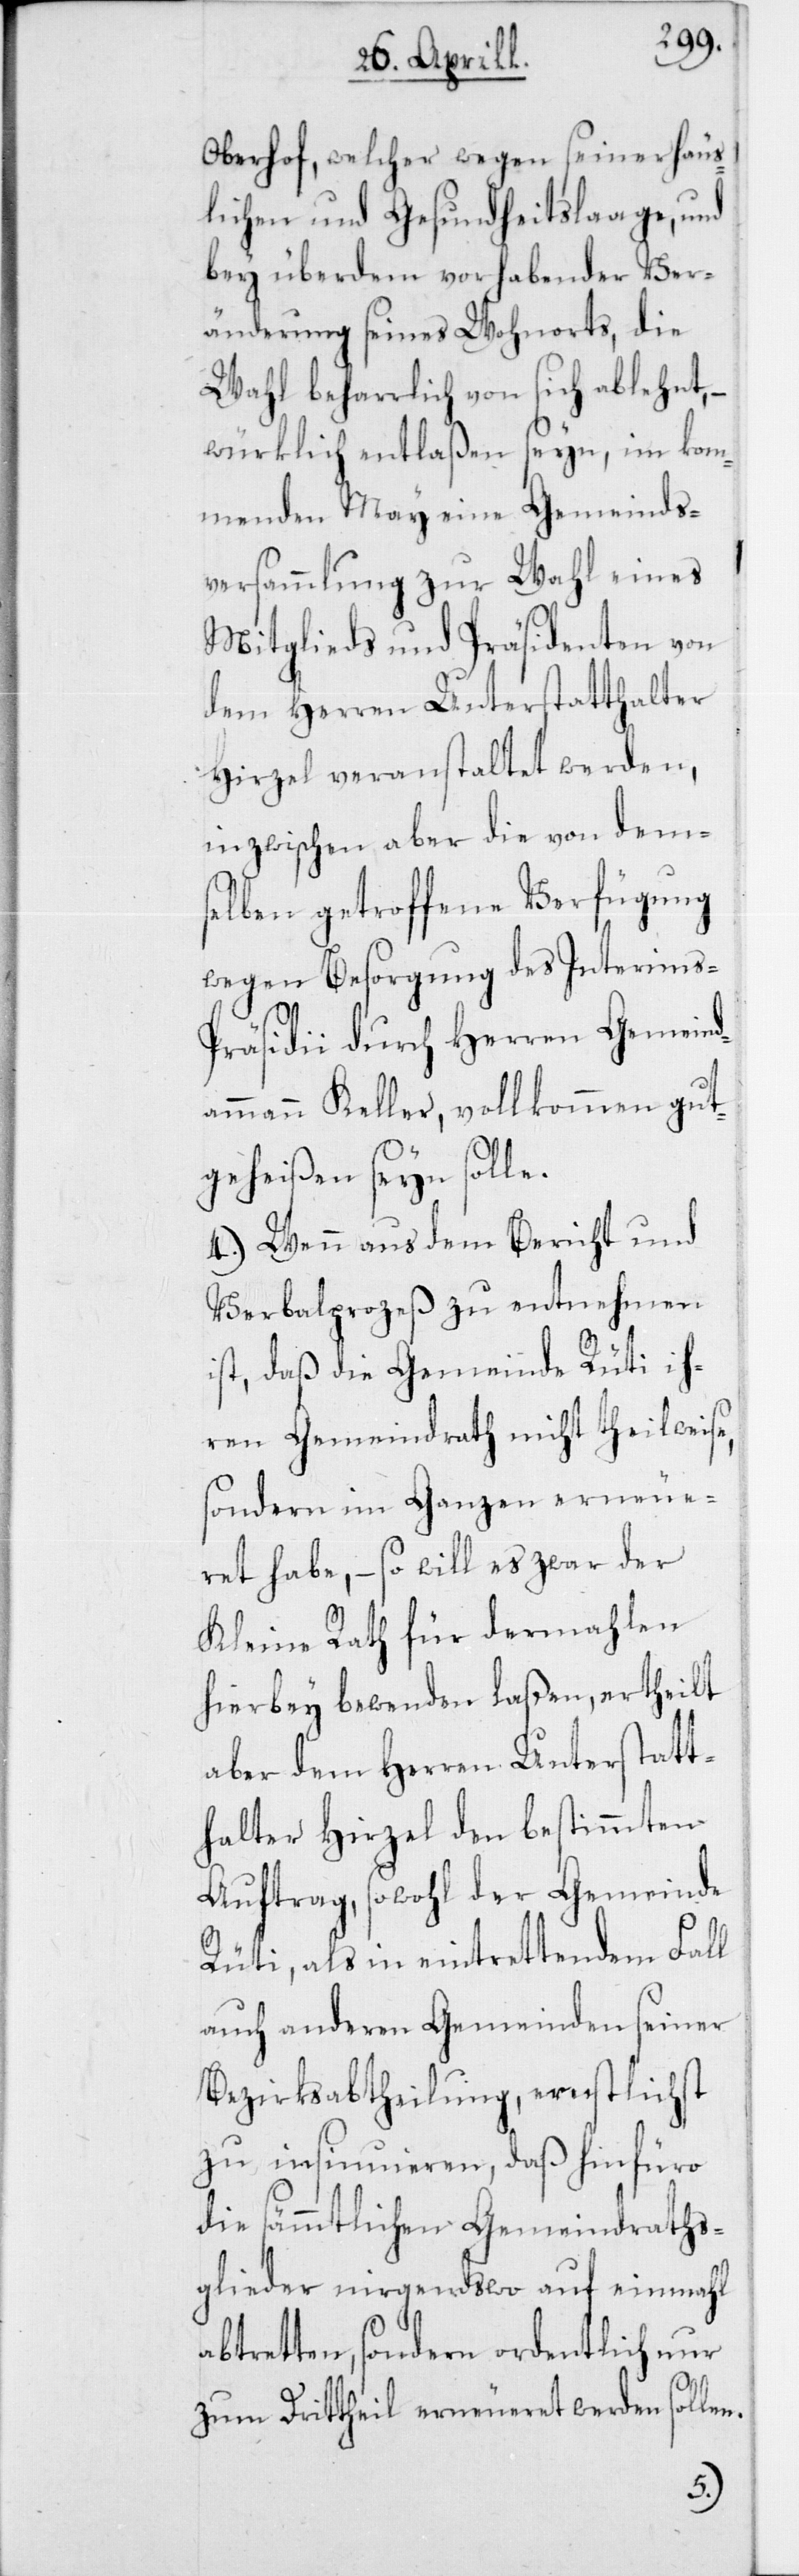
Oberhof, welcher wegen seiner häus¬
lichen und Gesundheitslaage und
bey überdem vorhabender Ver¬
änderung seines Wohnorts, die
Wahl beharrlich von sich ablehnt,
würklich entlaßen seyn, im kom¬
menden May eine Gemeinds¬
versammlung zur Wahl eines
Mitglieds und Präsidenten von
dem Herren Unterstatthalter
Hirzel veranstaltet werden,
inzwischen aber die von dems¬
elben getroffene Verfügung
wegen Besorgung des Interims-P¬
räsidii durch Herren Gemeind¬
ammann Keller, vollkommen gut¬
geheißen seyn solle.
4. Wenn aus dem Bericht und
Verbalprozeß zu entnehmen
ist, daß die Gemeinde Rüti ih¬
ren Gemeindrath nicht theilweise,
sondern im Ganzen erneue¬
ret habe, – so will es zwar der
Kleine Rath für dermahlen
hierbey bewenden laßen, ertheilt
aber dem Herren Unterstatt¬
halter Hirzel den bestimmten
Auftrag, sowohl der Gemeinde
Rüti, als in eintrettendem Fall
auch anderen Gemeinden seiner
Bezirksabtheilung, ernstlichst
zu insinuieren, daß hinfüro
die sämmtlichen Gemeindraths¬
glieder nirgendswo auf einmahl
abtretten, sondern ordentlich nur
zum Drittheil erneueret werden sollen.